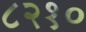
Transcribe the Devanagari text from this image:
८२१०